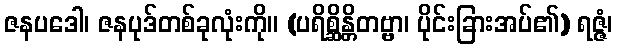
ဇနပဒေါ၊ ဇနပုဒ်တစ်ခုလုံးကို။ (ပရိစ္ဆိန္တိတဗ္ဗာ၊ ပိုင်းခြားအပ်၏) ရဇ္ဇံ၊